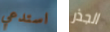
استدعي الجذر